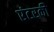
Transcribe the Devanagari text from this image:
एंटरकी